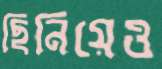
ছিনিয়েও